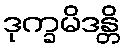
ဒုက္ခမိဒန္တိ